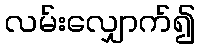
လမ်းလျှောက်၍